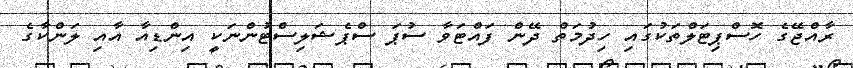
ރާއްޖޭގެ ހޮސްޕިޓަލްތަކުގައި ހިދުމަތް ދޭން ފައްޓަވާ ސުޕަ ސްޕެޝަލިސްޓުންނަކީ އިންޑިއާ އާއި ލަންކާގެ